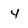
Character: 4